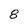
Character: 8